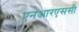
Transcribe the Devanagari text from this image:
एनआरएससी